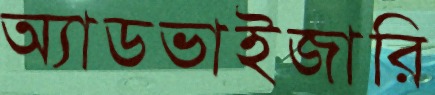
অ্যাডভাইজারি